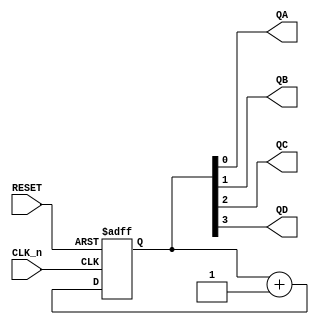
// 74393
// Dual 4-Stage Binary Ripple Counter
// Implementing just one of the clocks. Instantiate two modules to get both
// Documentation: https://www.onsemi.com/pdf/datasheet/mc74hc393a-d.pdf

module TTL_74393 (
    input CLK_n,     // Clock input (Count on negative edge)
    input RESET,     // Asynchronous clear (active high) 

    output QA,
    output QB,
    output QC,
    output QD
);

reg [3:0] counter1 = 4'b0000;


// First 4-bit counter
always @(negedge CLK_n or posedge RESET) begin
    if (RESET)
        counter1 <= 4'b0000;
    else
        counter1 <= counter1 + 1;
end

assign QA = counter1[0];
assign QB = counter1[1];
assign QC = counter1[2];
assign QD = counter1[3];

endmodule